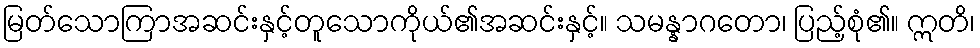
မြတ်သောကြာအဆင်းနှင့်တူသောကိုယ်၏အဆင်းနှင့်။ သမန္နာဂတော၊ ပြည့်စုံ၏။ ဣတိ၊